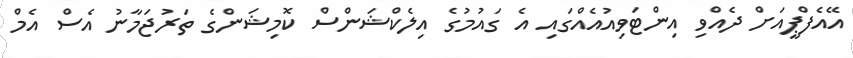
އޭއެފްޕީއަށް ދެއްވި އިންޓަވިއުއެއްގައި އެ ގައުމުގެ އިލެކްޝަންސް ކޮމިޝަންގެ ތަރުޖަމާނު އެސް އެމް